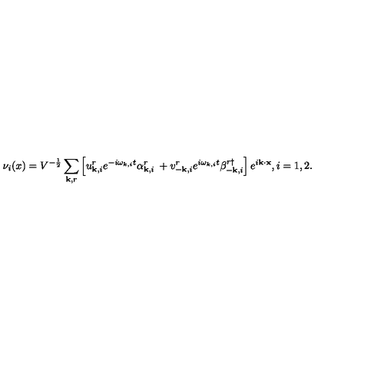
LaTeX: \nu _ { i } ( x ) = V ^ { - \frac { 1 } { 2 } } \sum _ { { \bf k } , r } \left[ u _ { { \bf k } , i } ^ { r } e ^ { - i \omega _ { k , i } t } \alpha _ { { \bf k } , i } ^ { r } \: + v _ { - { \bf k } , i } ^ { r } e ^ { i \omega _ { k , i } t } \beta _ { - { \bf k } , i } ^ { r \dag } \right] e ^ { i { \bf k } \cdot { \bf x } } , i = 1 , 2 .